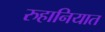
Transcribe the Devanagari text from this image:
रुहानियात